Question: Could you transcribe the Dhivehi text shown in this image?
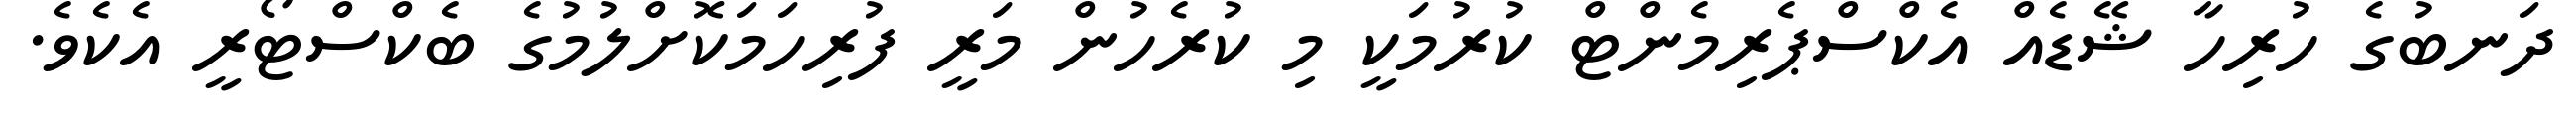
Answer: ދަނބުގެ ހުރިހާ ޝޭޑެއް އެކްސްޕެރިމެންޓް ކުރުމަކީ މި ކުރެހުން މަރީ ފުރިހަމަކޮށްލުމުގެ ބެކްސްޓޯރީ އެކެވެ.